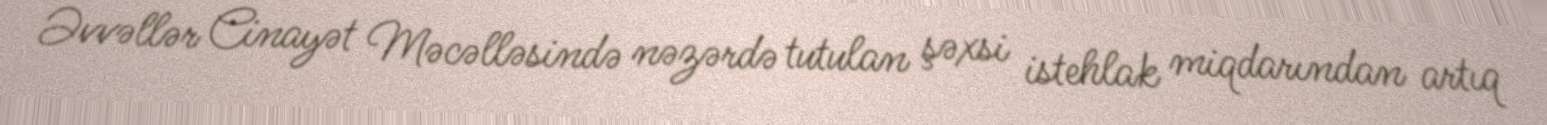
Əvvəllər Cinayət Məcəlləsində nəzərdə tutulan şəxsi istehlak miqdarından artıq